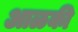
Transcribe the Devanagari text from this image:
आळकी